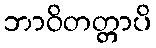
ဘာဝိတတ္တာပိ